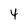
Character: 4